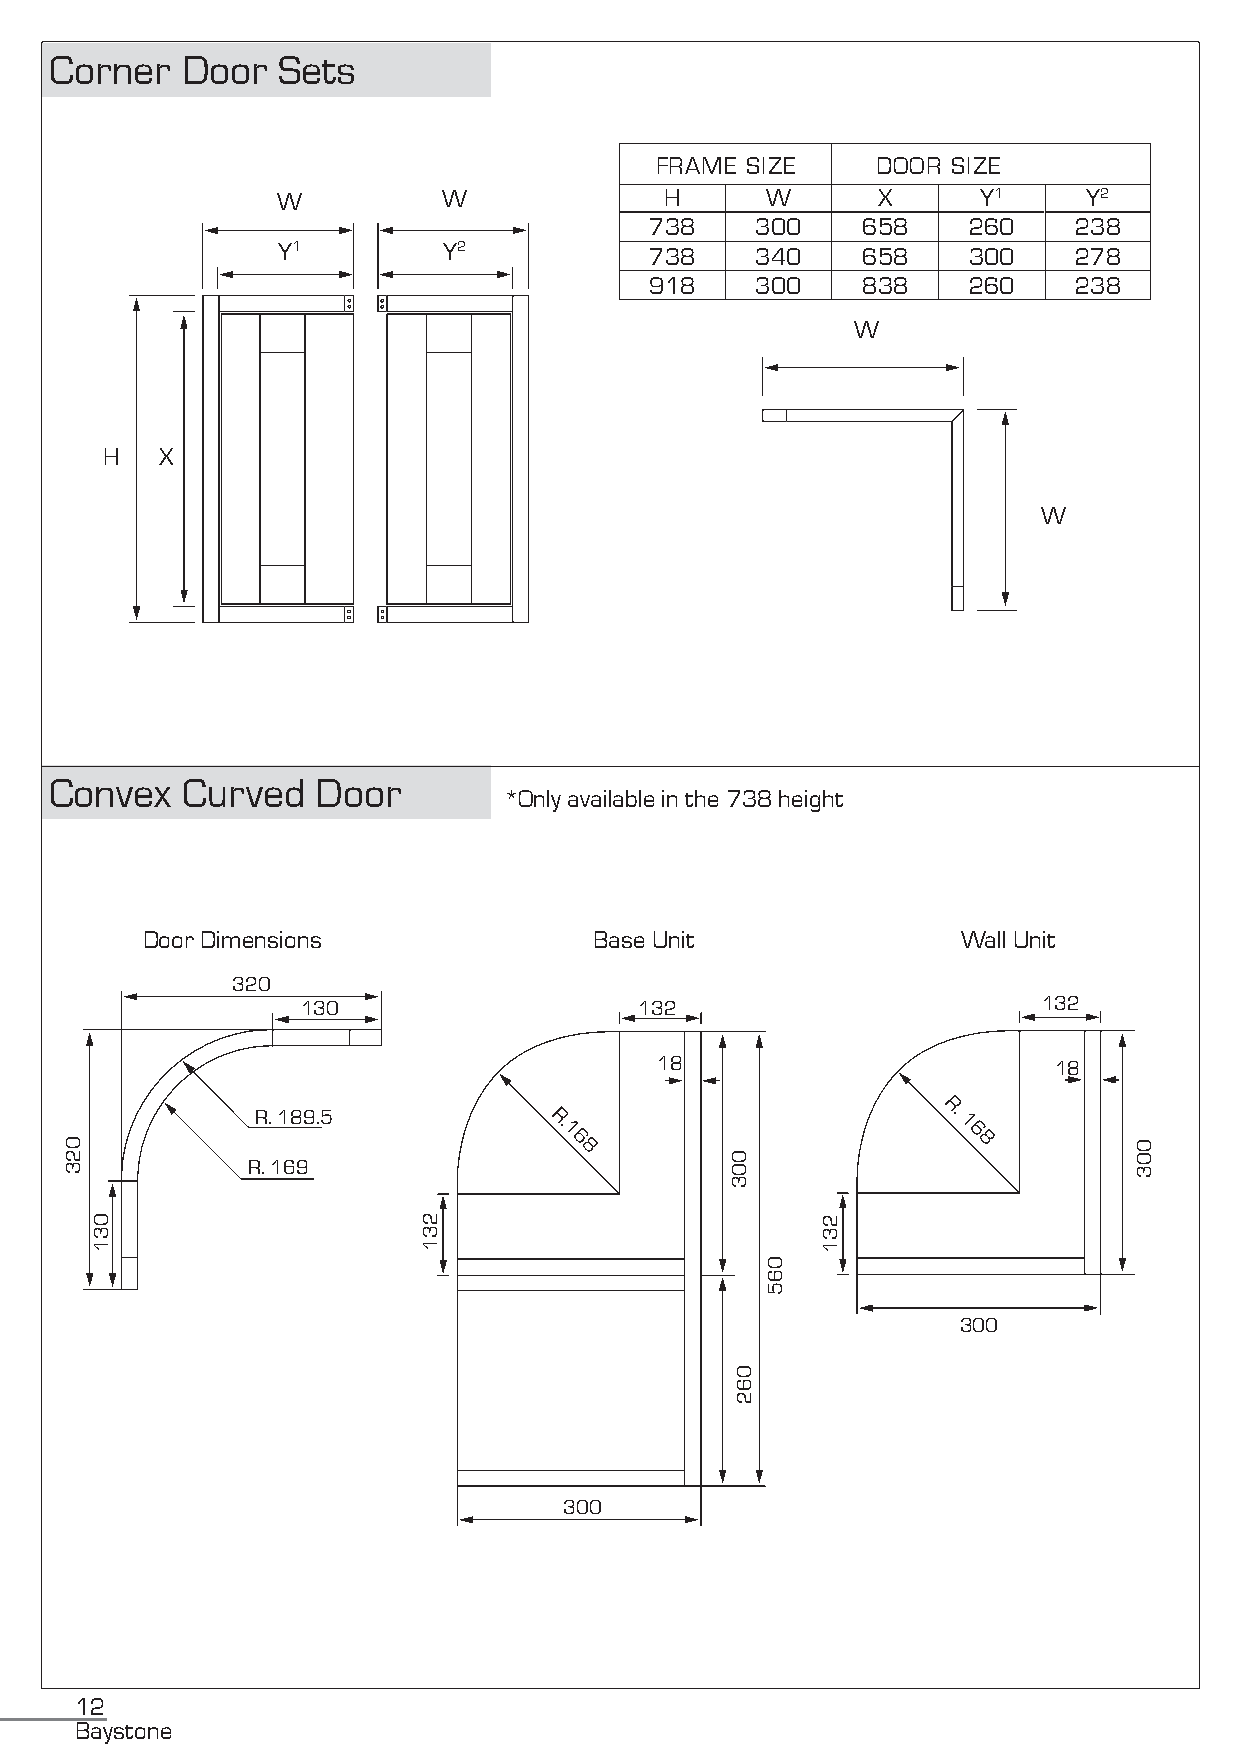
Corner   Door  Sets
 FRAME SIZE     DOOR SIZE
 W          W              H      W      X      Y1     Y2
 738    300    658    260    238
 Y1         Y2            738    340    658    300    278
 918    300    838    260    238
 W
 H   X
 W
 Convex   Curved   Door
 *Only available in the 738 height
 Door Dimensions               Base Unit                Wall Unit
 320
 130                   132                        132
 18                         18
 R. 189.5           R.                       WR a. 1ll Unit
 1                          6
 6                         8 8 18
 R. 169
 R.                          18
 1
 6
 8
 300
 300
 12
 Baystone
 023
 031                   231
 003
 062
 065
 231
 003